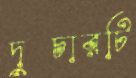
দুচারটি